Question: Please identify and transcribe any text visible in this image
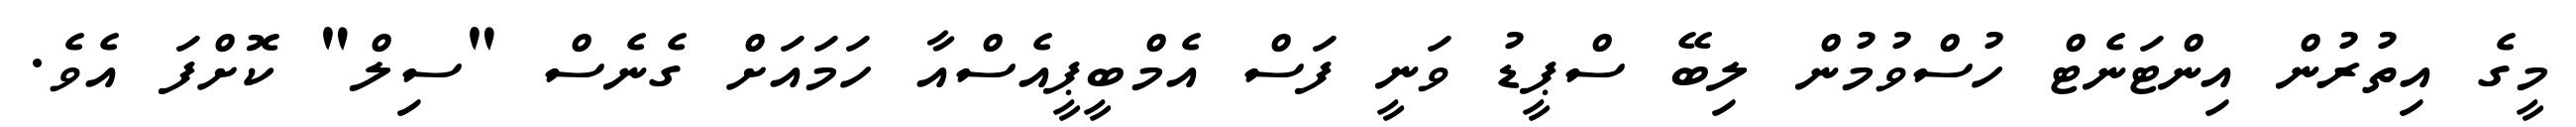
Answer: މީގެ އިތުރުން އިންޓަނެޓް ހުސްވުމުން ލިބޭ ސްޕީޑު ވަނީ ފަސް އެމްބީޕީއެސްއާ ހަމައަށް ގެނެސް "ސިލް" ކޮށްފަ އެވެ.